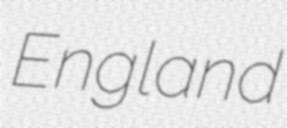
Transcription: England